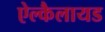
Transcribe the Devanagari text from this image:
ऐल्कैलायड